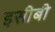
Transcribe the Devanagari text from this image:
इसीबी